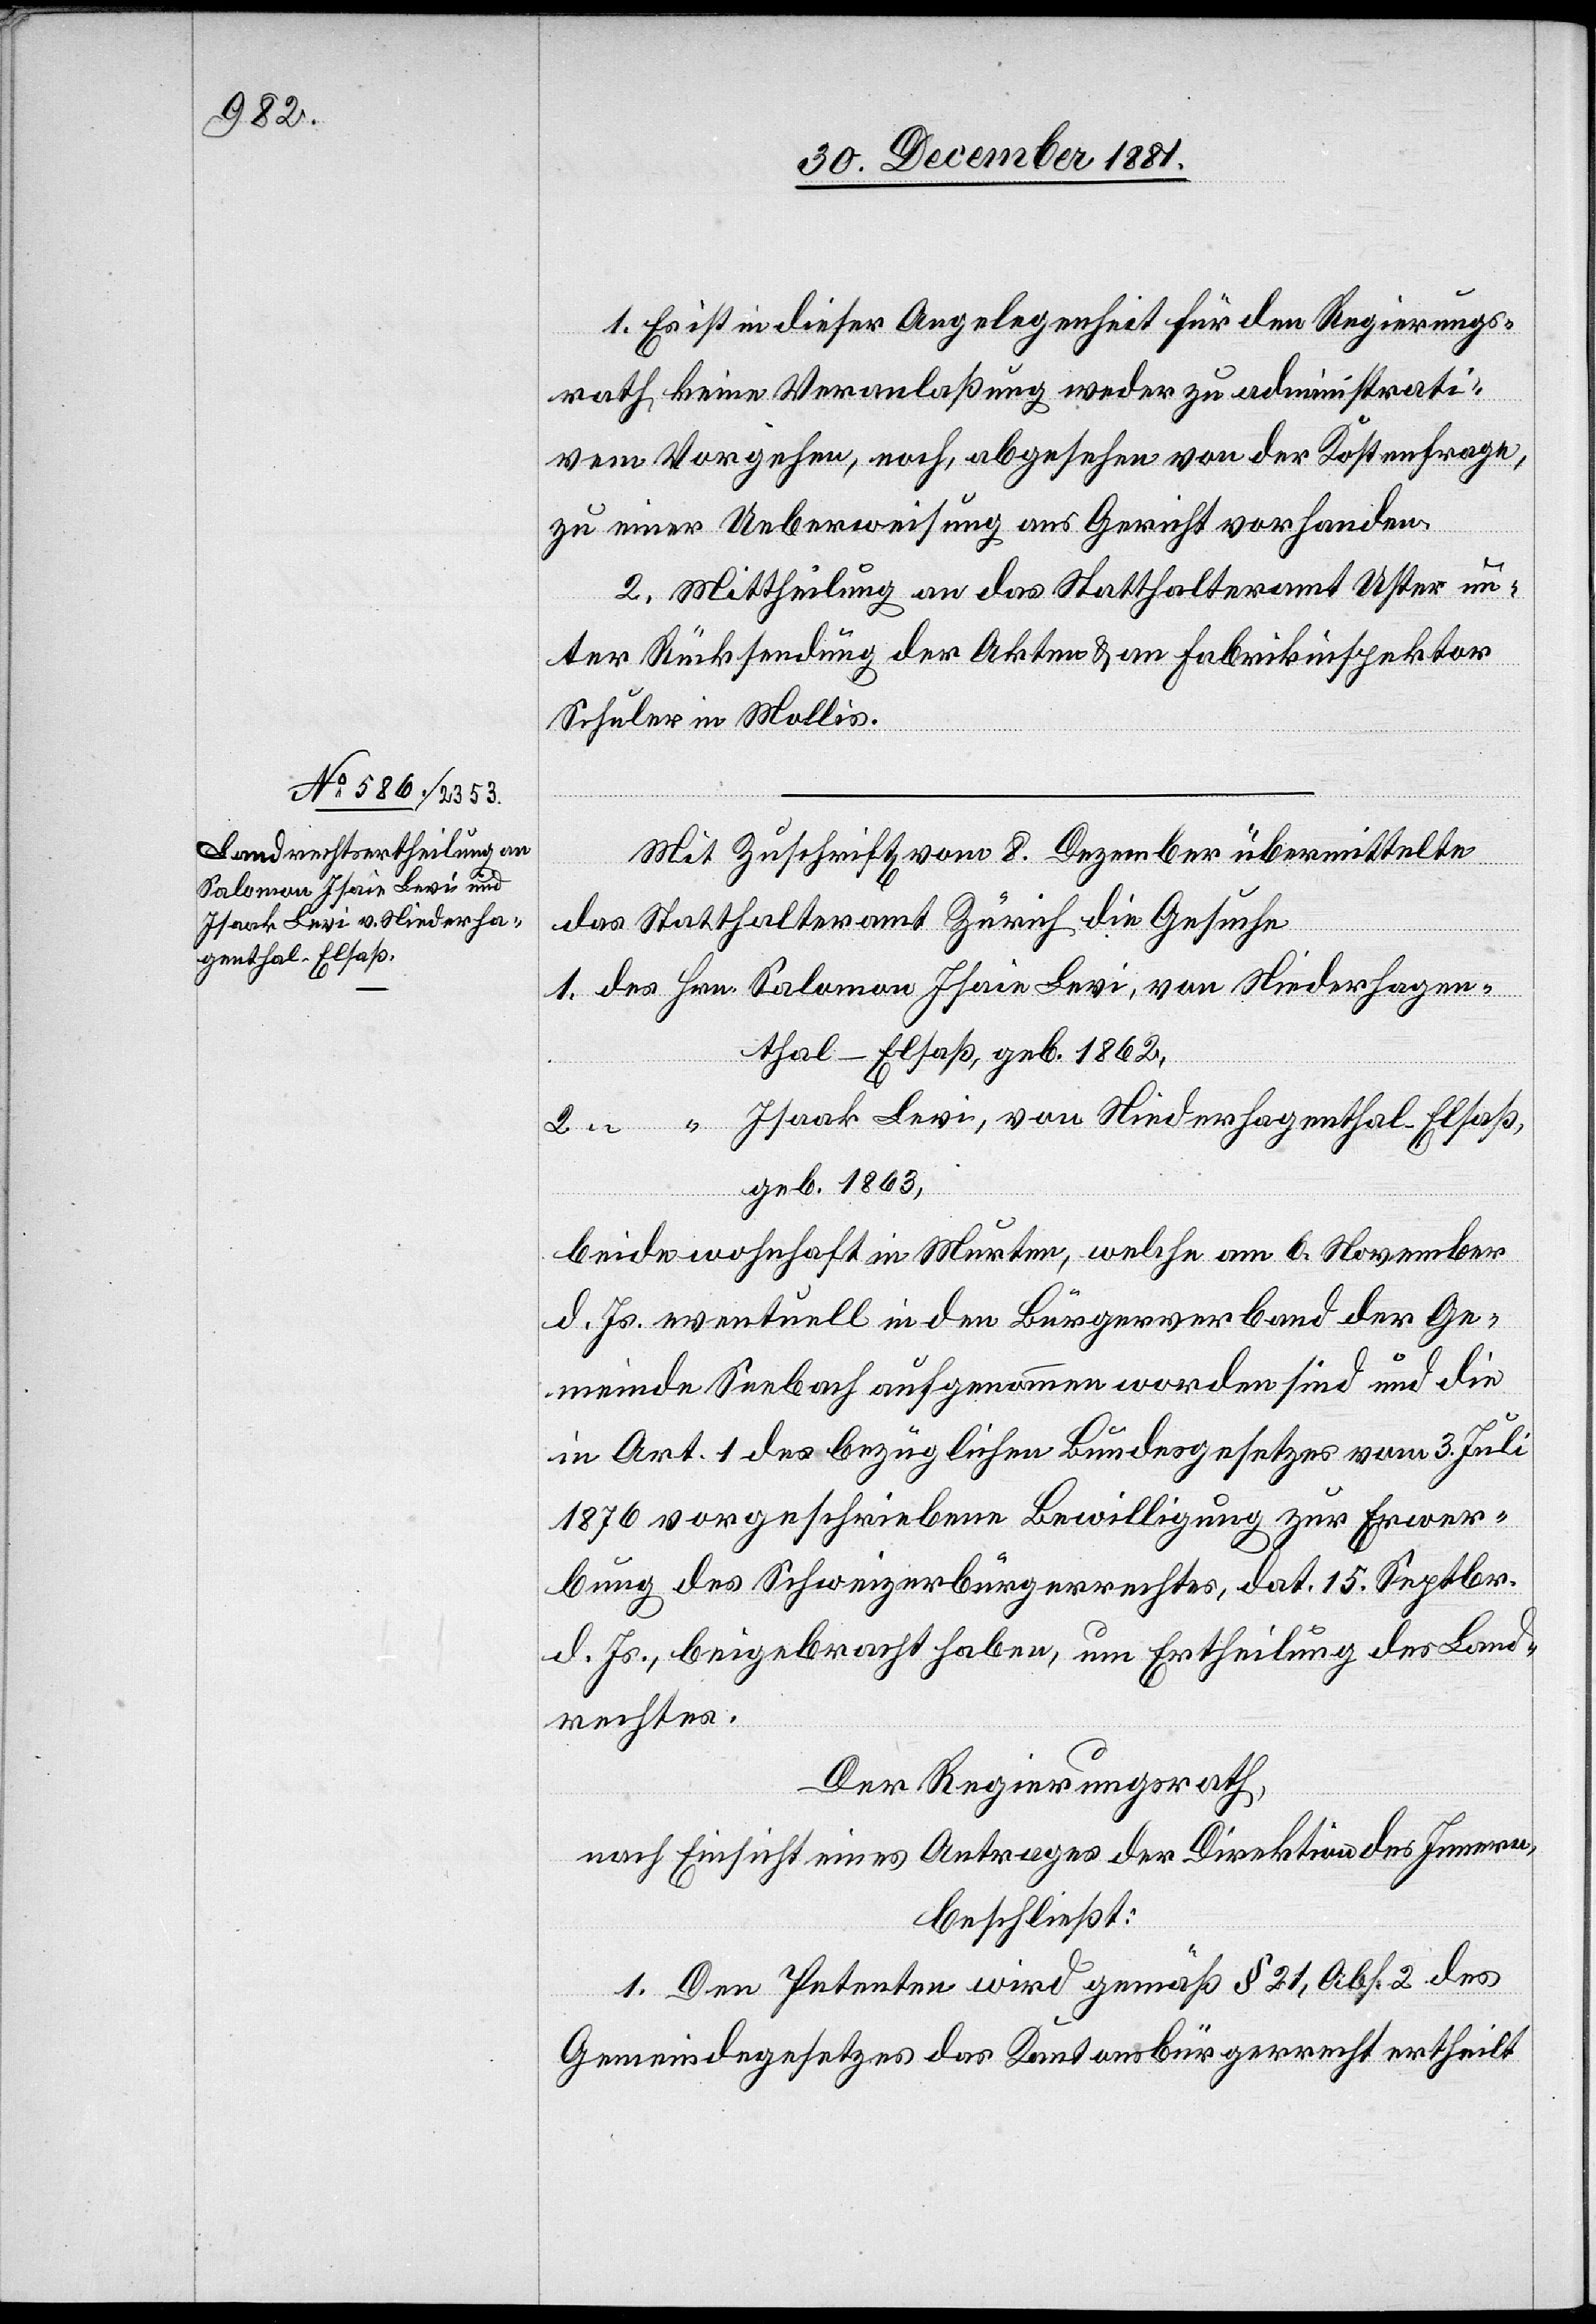
Salomon Isain Levi, von
Isaak Levi, von Niederha¬
genthal - Elsaß,

1. Es ist in dieser Angelegenheit für den Regierungs¬
rath keine Veranlaßung weder zu administrati¬
vem Vorgehen, noch, abgesehen von der Kostenfrage,
zu einer Ueberweisung ans Gericht vorhanden.
gen¬
2. Mittheilung an das Statthalteramt Uster un¬
ter Rücksendung der Akten & an Fabrikinspektor
Schuler in Mollis.
Mit Zuschrift vom 8. Dezember übermittelte
das Statthalteramt Zürich die Gesuche
thal - Elsaß, geb. 1862,
geb. 1863,
beide wohnhaft in Murten, welche am 6. November
d. Js. eventuell in den Bürgerverband der Ge¬
meinde Seebach aufgenommen worden sind und die
in Art. 1 des bezüglichen Bundesgesetzes vom 3. Juli
1876 vorgeschriebene Bewilligung zur Erwer¬
bung des Schweizerbürgerrechtes, dat. 15. Septbr.
d. Js., beigebracht haben, um Ertheilung des Land¬
rechtes.
Der Regierungsrath,
nach Einsicht eines Antrages der Direktion des Innern;
beschließt:
1. Den Petenten wird gemäß § 21, Abs. 2 des
Gemeindegesetzes das Kantonsbürgerrecht ertheilt